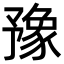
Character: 豫